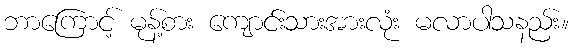
ဘာကြောင့် မုန့်စား ကျောင်းသားအားလုံး မလာပါသနည်း။